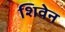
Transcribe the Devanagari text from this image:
शिवेन